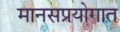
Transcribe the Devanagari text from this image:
मानसप्रयोगात